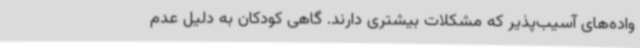
واده‌های آسیب‌پذیر که مشکلات بیشتری دارند. گاهی کودکان به دلیل عدم